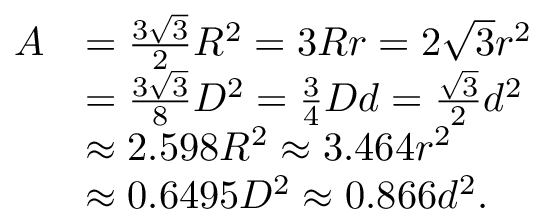
{ \begin{array} { r l } { A } & { = { \frac { 3 { \sqrt { 3 } } } { 2 } } R ^ { 2 } = 3 R r = 2 { \sqrt { 3 } } r ^ { 2 } } \\ & { = { \frac { 3 { \sqrt { 3 } } } { 8 } } D ^ { 2 } = { \frac { 3 } { 4 } } D d = { \frac { \sqrt { 3 } } { 2 } } d ^ { 2 } } \\ & { \approx 2 . 5 9 8 R ^ { 2 } \approx 3 . 4 6 4 r ^ { 2 } } \\ & { \approx 0 . 6 4 9 5 D ^ { 2 } \approx 0 . 8 6 6 d ^ { 2 } . } \end{array} }